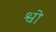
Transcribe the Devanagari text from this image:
श्वो